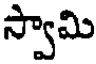
స్వామి